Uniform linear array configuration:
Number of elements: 12
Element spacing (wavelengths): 0.25
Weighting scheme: cosine
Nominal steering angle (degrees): -15
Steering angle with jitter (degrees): -13.979
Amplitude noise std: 0.05
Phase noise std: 0.05

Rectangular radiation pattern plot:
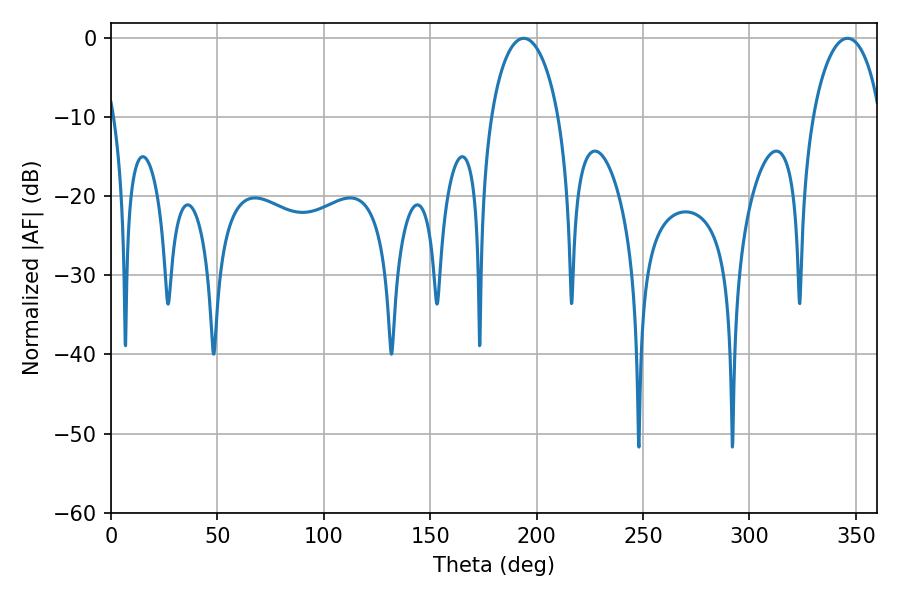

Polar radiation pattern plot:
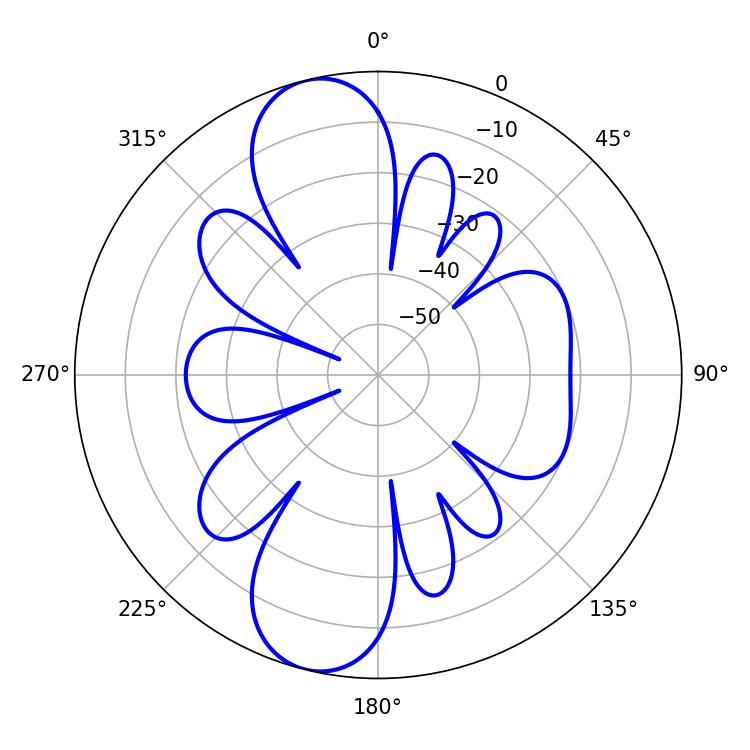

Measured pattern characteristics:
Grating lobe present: FALSE
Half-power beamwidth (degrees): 18.18
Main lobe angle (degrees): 193.86